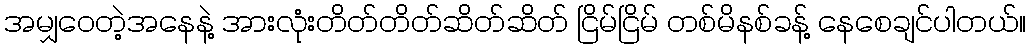
အမျှဝေတဲ့အနေနဲ့ အားလုံးတိတ်တိတ်ဆိတ်ဆိတ် ငြိမ်ငြိမ် တစ်မိနစ်ခန့် နေစေချင်ပါတယ်။